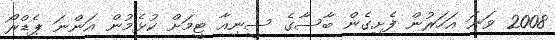
2008 ވަނަ އަހަރުން ފެށިގެން ބާސާގެ ސީނިއާ ޓީމަށް ކުޅެމުން އަންނަ ޕެޑްރޯ